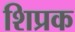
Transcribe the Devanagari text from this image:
शिप्रक